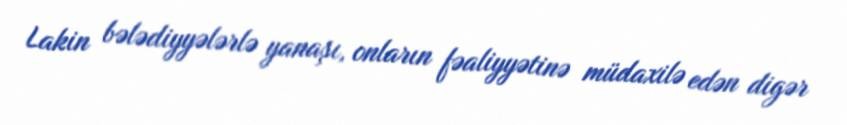
Lakin bələdiyyələrlə yanaşı, onların fəaliyyətinə müdaxilə edən digər